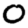
Digit: 0